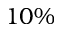
1 0 \%